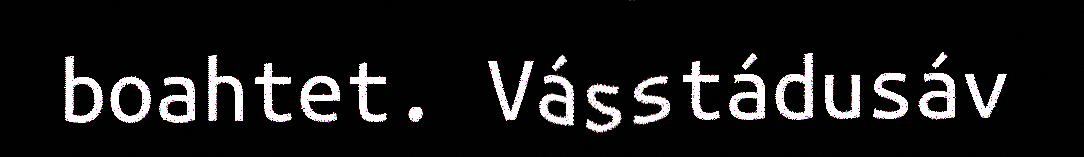
boahtet. Vásstádusáv